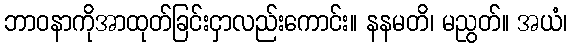
ဘာဝနာကိုအာထုတ်ခြင်းငှာလည်းကောင်း။ နနမတိ၊ မညွတ်။ အယံ၊